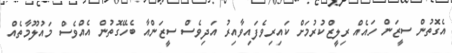
އެގޮތުން ސީޒަން ހައެއް ރިލީޒްކުރުމަށް ކައިރިވެފައިވާއިރު އަދިވެސް ސީޒަންއާ ބެހޭގޮތުން އެއްވެސް މައުލޫމާތެއް